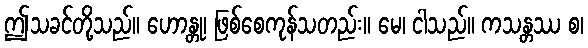
ဤသခင်တို့သည်။ ဟောန္တု၊ ဖြစ်စေကုန်သတည်း။ မေ၊ ငါသည်။ ကသန္တဿ စ၊